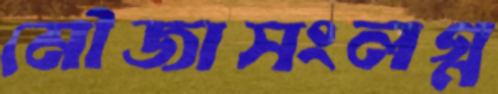
মৌজাসংলগ্ন